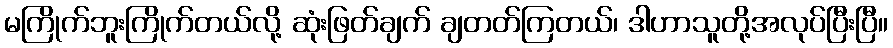
မကြိုက်ဘူးကြိုက်တယ်လို့ ဆုံးဖြတ်ချက် ချတတ်ကြတယ်၊ ဒါဟာသူတို့အလုပ်ပြီးပြီ။